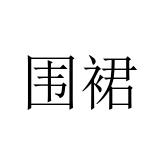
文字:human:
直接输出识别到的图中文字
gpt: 围裙